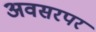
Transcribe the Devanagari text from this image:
अवसरपर